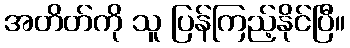
အတိတ်ကို သူ ပြန်ကြည့်နိုင်ပြီ။